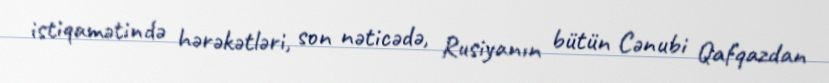
istiqamətində hərəkətləri, son nəticədə, Rusiyanın bütün Cənubi Qafqazdan